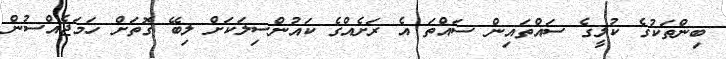
ބިންތަކުގެ ކުލީގެ ސައްތައިން ސައްތަ އެ ރަށެއްގެ ކައުންސިލަކަށް ލިބޭ ގޮތަށް ހަމަޖެއްސުން